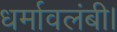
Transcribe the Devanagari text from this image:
धर्मावलंबी।